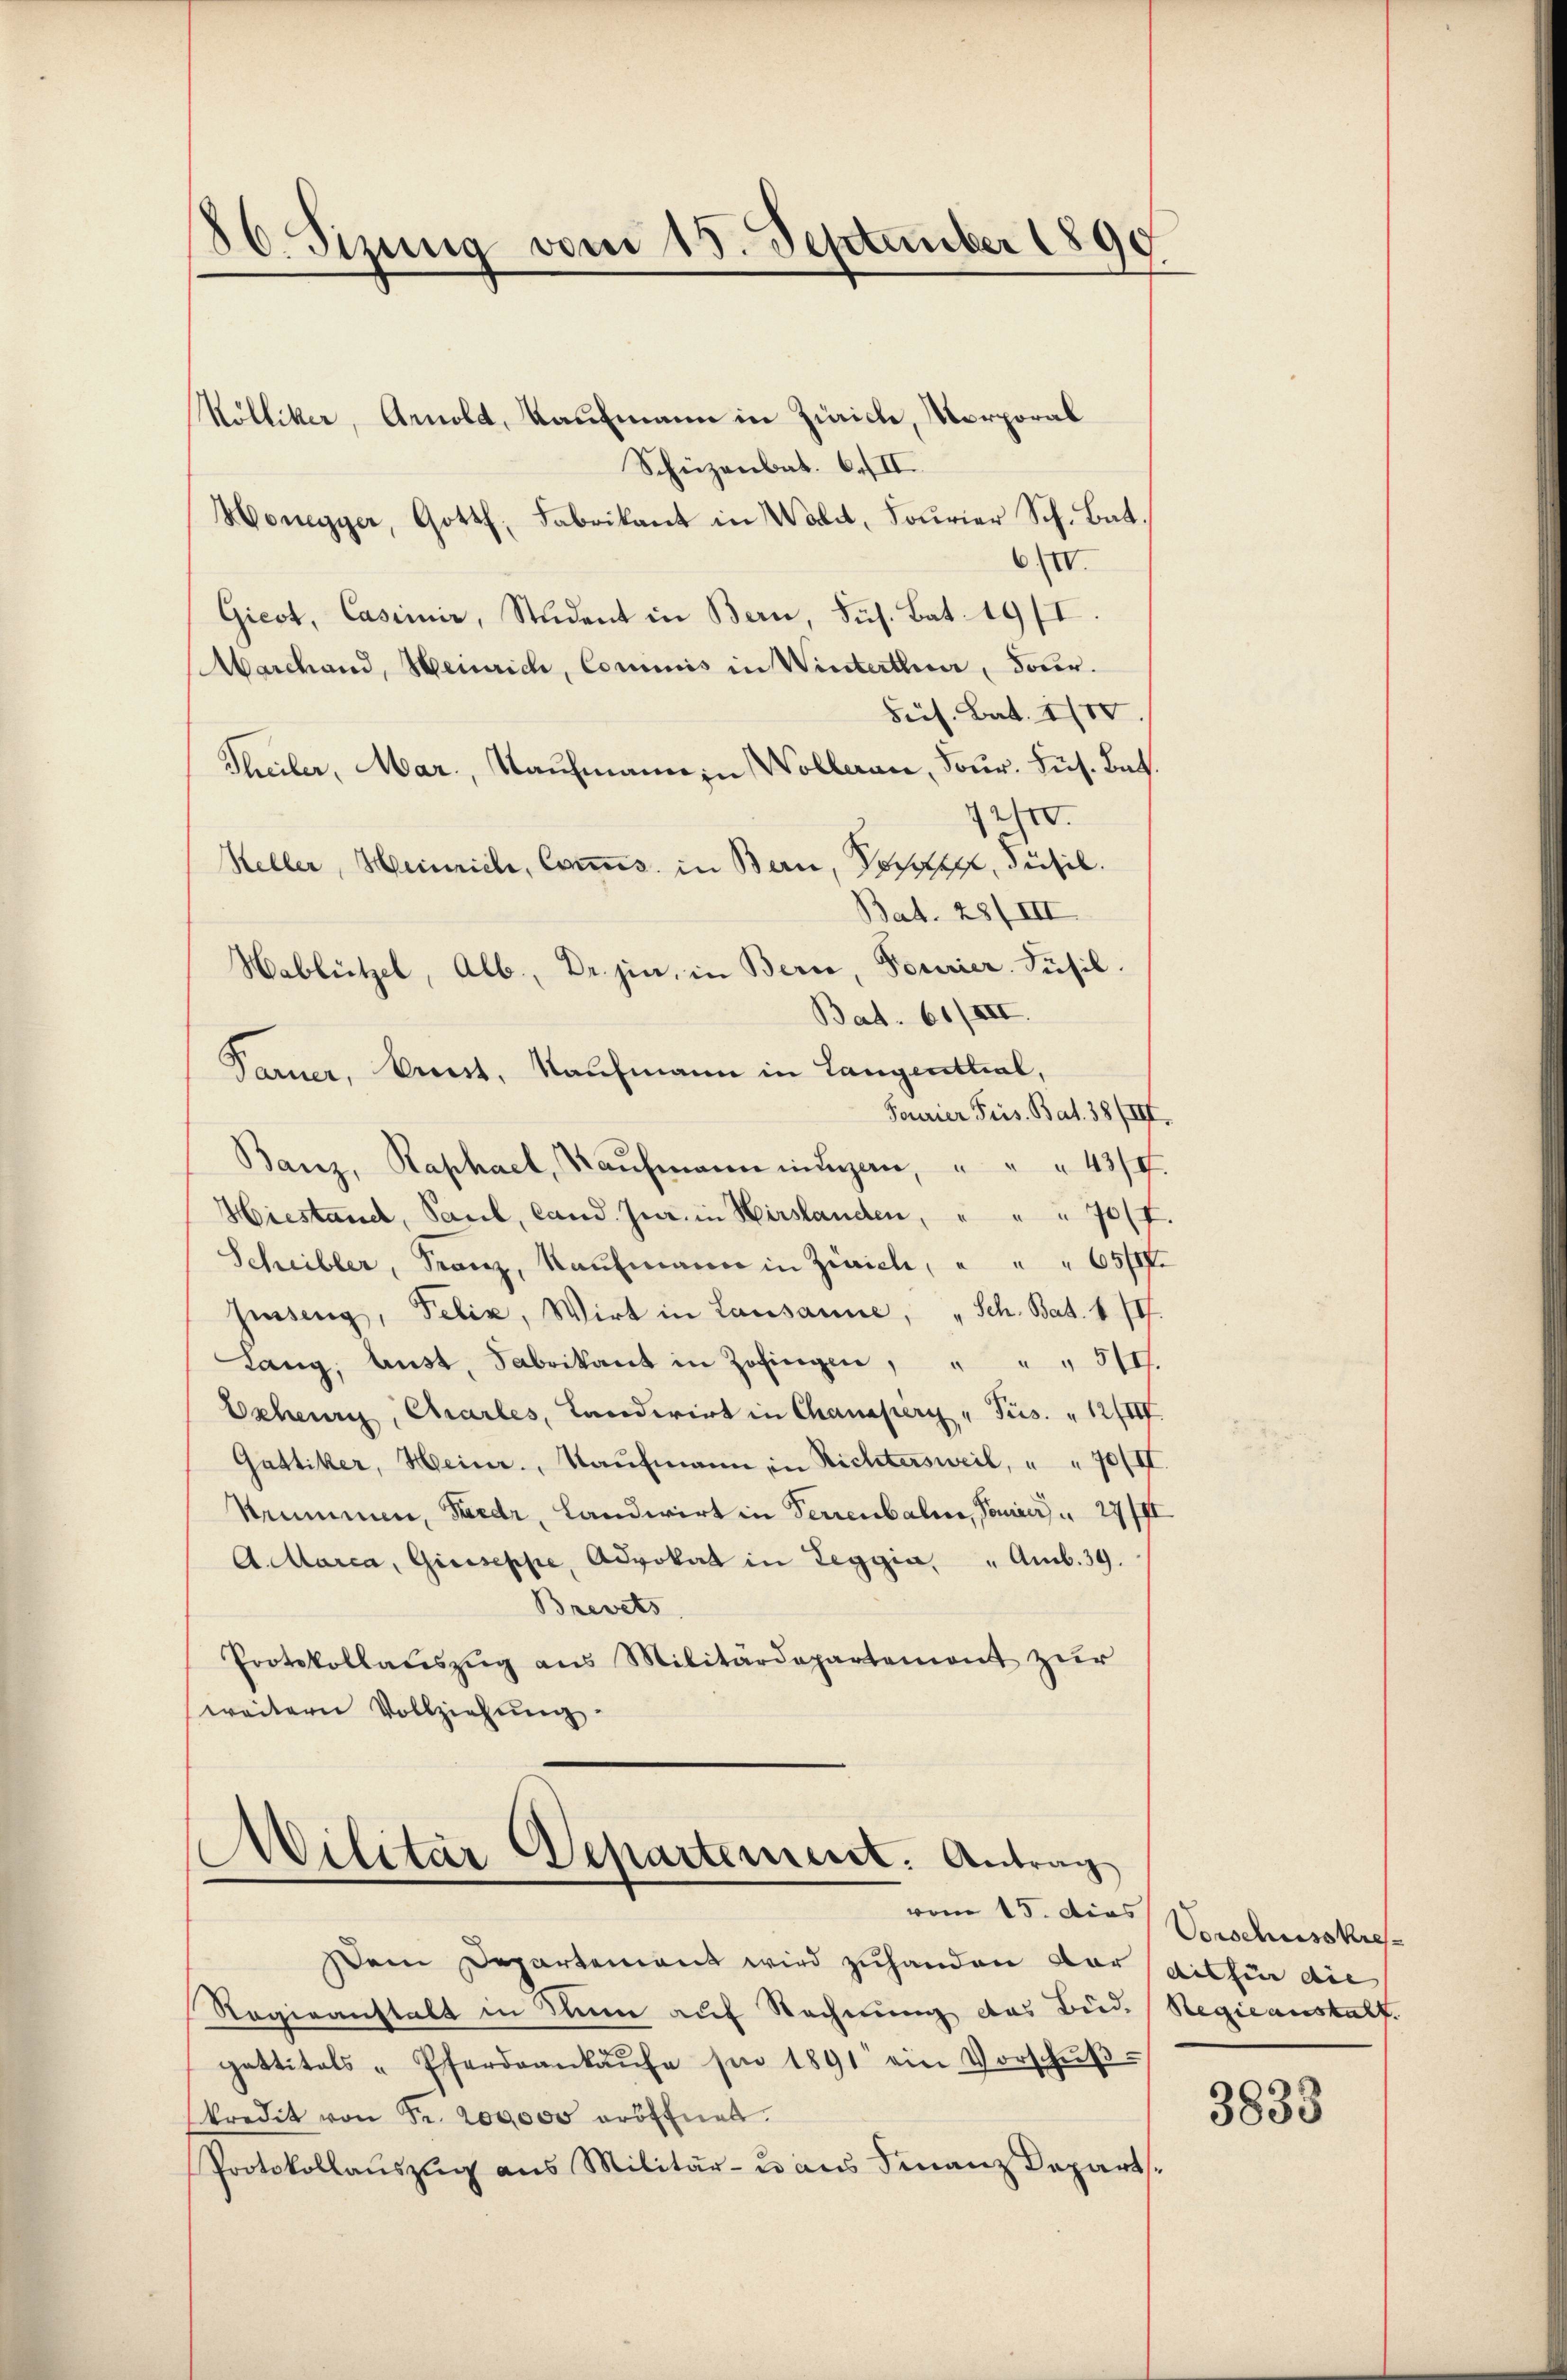
86. Sizung vom 15. September 1890

Kölliker, Arnold, Kaufmann in Zürich, Korporal
Schüzenbat. C.II.
Honegger, Gotth. Fabrikant in Wald, Fourier Sch. Bat.
6/IV.
Gieot, Casimir, Student in Bern, Sus. Bat. 191
Marchand, Heinrich, Commis in Winterthur, dour.
Feis. Bat. 2700.
Theiler, Mar., Kaufmann in Wolleran, Four. Lus. Bat.
7200.
Keller, Heinrich, Commis. in Bern, Vorsitzer, Füsil.
Bat. 28/III.
Hablützel, Alb., Dr. jin, in Berie, Fourier. Füsil.
Bat. 61/III.
Farner, Kunst, Kaufmann in Langerttial,
Fourier Fris. Bat. 38/III.
Banz, Raphael, Kaŭfmann in Luzern, " " " 43/4.
Hiestand, Saul, land. Jur. in Hirslanden, " " " 70/I.
Scheibler, Franz, Kaŭfmann in Zürich, " " " 65 ff
Hesseng, Felix, Wirt in Lausanne, „Sch. Bat. 177.
Lang, aust, Fabrikant in Zofingen, " " " 514.
Echeur, Charles, Landwirt in Chanapery " Tus. " 12/II.
Gattiker, Heinr., Kaŭfmann in Richtersweil, " " 70/II.
Srummnen, Friedr, Landwirt in Ferrenbahne, Panier 27/II
A.Marca, Giuseppe, Advokat in Leggia, "Amb. 39.
Brevets
Protokollaŭszŭg aŭs Militärdepartement zŭr
weitern Vollziehung.

Militär Departement: Antrag
vom 15. dies Vorschusskre

Dem Departement wird zuhanden vor dit für die
Rogiranstalt in Stum auf Rechnung des Bude Regieanstalt.
gettitals - Pferdankaŭfe sie 1891 ein Vorschŭβ-
kredit von Fr. 200000 eröffnet.
Protokollaŭszŭg ans Militär- u aus Finanz Depart

3833